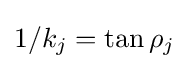
1/k_{j}=\tan \rho _{j}